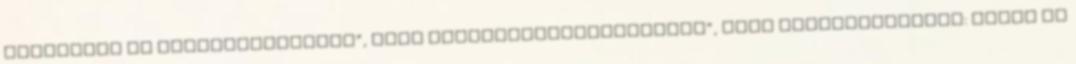
ideológia Az „illiberalizmus”, vagy „kereszténydemokrácia”, mint államideológia: Orbán és